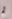
لم